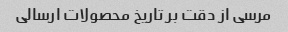
مرسی از دقت بر تاریخ محصولات ارسالی